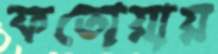
ফতোয়ায়